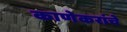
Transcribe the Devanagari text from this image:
काणेकरांचे